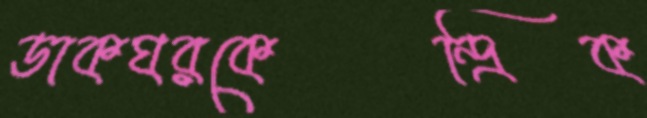
ডাকঘরকেন্দ্রিক